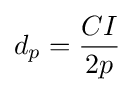
d_{p}={\frac {CI}{2p}}